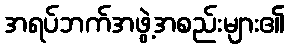
အရပ်ဘက်အဖွဲ့အစည်းများ၏